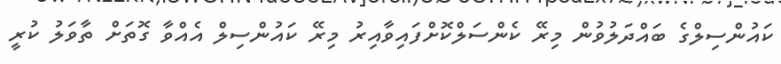
ކައުންސިލްގެ ބައްދަލުވުން މިރޭ ކެންސަލްކޮށްފައިވާއިރު މިރޭ ކައުންސިލް އެއްވާ ގޮތަށް ތާވަލު ކުރީ